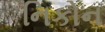
નિકોન